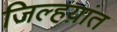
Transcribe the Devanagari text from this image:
जिल्हय़ांत